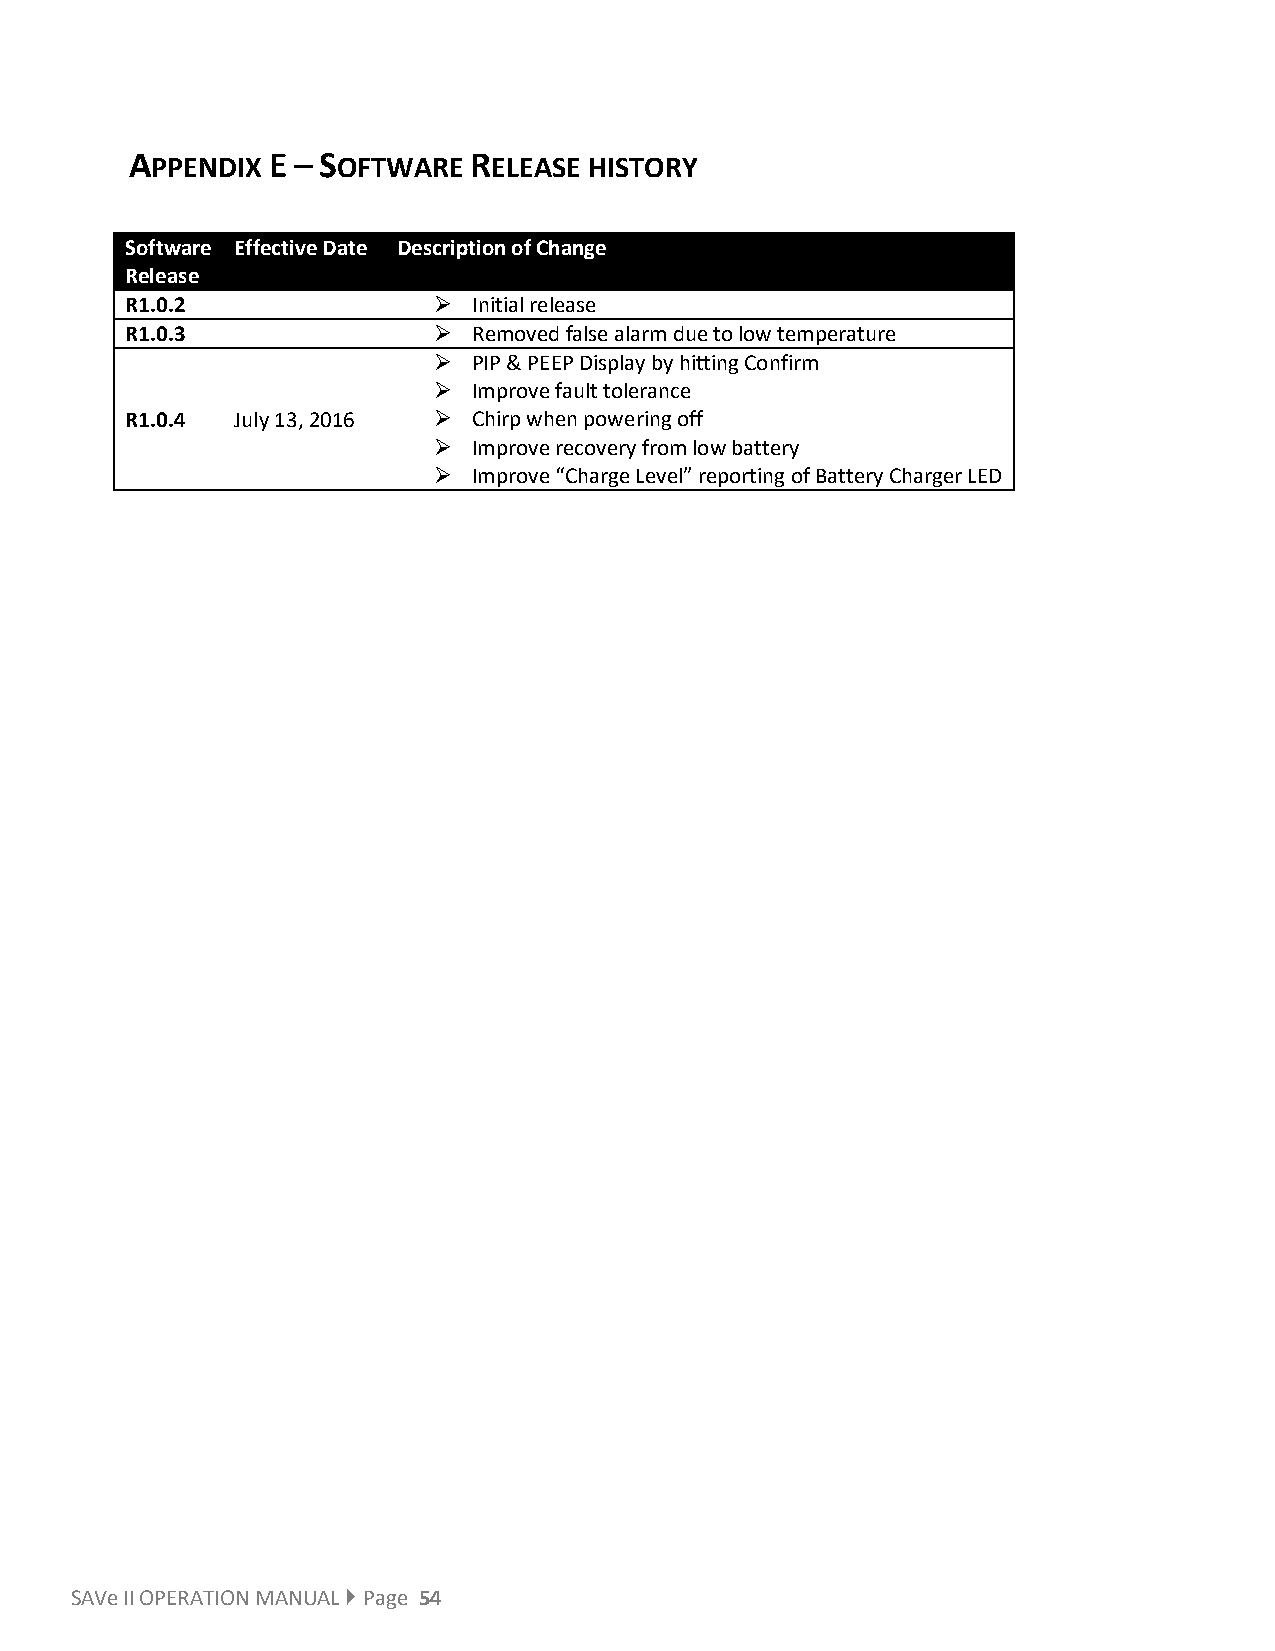
APPENDIX E – SOFTWARE RELEASE HISTORY
 Software Effective Date Description of Change
 Release
 R1.0.2                Initial release
 R1.0.3                Removed false alarm due to low temperature
  PIP & PEEP Display by hitting Confirm
  Improve fault tolerance
 R1.0.4  July 13, 2016  Chirp when powering off
  Improve recovery from low battery
  Improve “Charge Level” reporting of Battery Charger LED
 SAVe II OPERATION MANUAL  Page 54